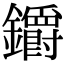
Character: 𨰜